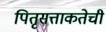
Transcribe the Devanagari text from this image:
पितृसत्ताकतेची